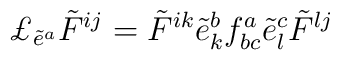
\pounds_{\tilde{e}^{a}}\tilde{F}^{ij}=\tilde{F}^{ik}\tilde{e}^{b}_{k}f^{a}_{bc}\tilde{e}^{c}_{l}\tilde{F}^{lj}